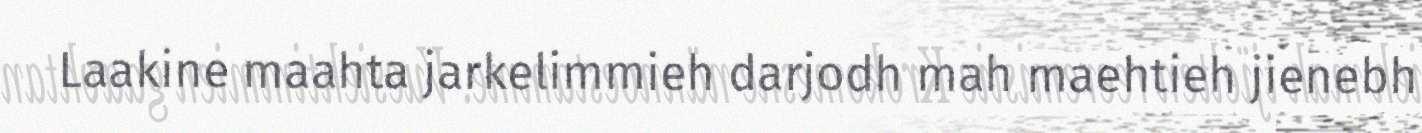
Laakine maahta jarkelimmieh darjodh mah maehtieh jienebh